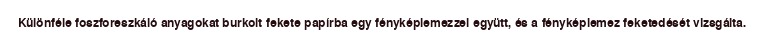
Különféle foszforeszkáló anyagokat burkolt fekete papírba egy fényképlemezzel együtt, és a fényképlemez feketedését vizsgálta.